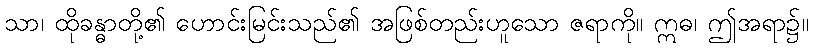
သာ၊ ထိုခန္ဓာတို့၏ ဟောင်းမြင်းသည်၏ အဖြစ်တည်းဟူသော ဇရာကို။ ဣဓ၊ ဤအရာ၌။